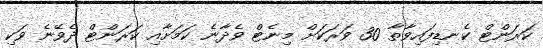
ކަރަންޓް ކެނޑިފައިވާތާ 30 ވަރަކަށް މިނެޓް ވެދާނެ ކަމަށާއި ކަރަންޓް ދެވޭނެ ވަކި